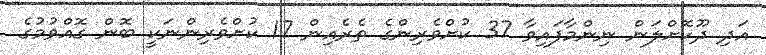
އަދި ދޫކޮށްލަން ނިންމާފައިވާ 37 ކުށްވެރިންގެ ތެރެއިން 17 ކުށްވެރިންނަކީ ބޮން ގޮއްވުމުގެ